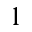
^ { 1 }